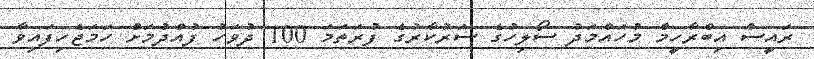
ރައީސް އިބްރާހީމް މުހައްމަދު ސޯލިހުގެ ސަރުކާރުގެ ފުރަތަމަ 100 ދުވަހު ފުއްދުމަށް ހަމަޖެހިފައިވާ